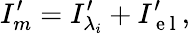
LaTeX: {{I}_{{m}}^{\prime}}={{I}_{{\lambda_{i}}}^{\prime}}+{{I}_{\mathrm{~e~l~}}^{\prime}},